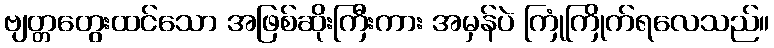
ဗျတ္တတွေးထင်သော အဖြစ်ဆိုးကြီးကား အမှန်ပဲ ကြုံကြိုက်ရလေသည်။